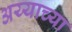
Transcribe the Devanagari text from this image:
अय्याच्या